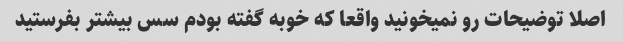
اصلا توضیحات رو نمیخونید واقعا که خوبه گفته بودم سس بیشتر بفرستید